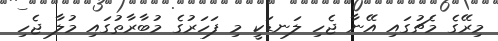
މިރޭގެ މެޗުގައި އޭނާ ޖެހި ލަނޑަކީ މި ފަހަރުގެ މުބާރާތުގައި މުލާ ޖެހި